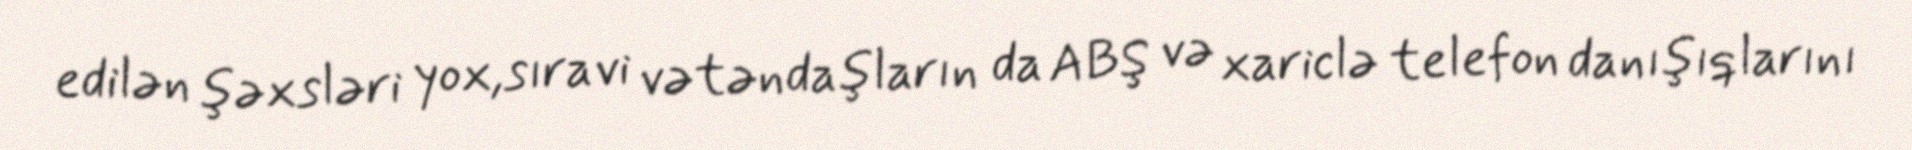
edilən şəxsləri yox,sıravi vətəndaşların da ABŞ və xariclə telefon danışıqlarını